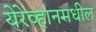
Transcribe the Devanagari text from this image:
येरेव्हानमधील